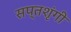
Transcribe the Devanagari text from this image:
सप्‍तशृंगी